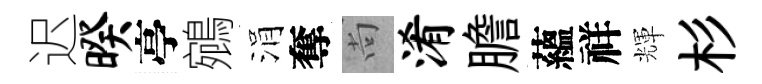
迟暌亭鵷涓奪尚淆膽蘊祥輝杉